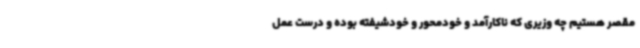
مقصر هستیم چه وزیری که ناکارآمد و خودمحور و خودشیفته بوده و درست عمل